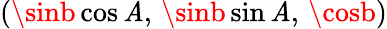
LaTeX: (\sinb\cos\mathit{A},\, \sinb\sin\mathit{A},\, \cosb)